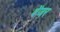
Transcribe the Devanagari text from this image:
बेंजर